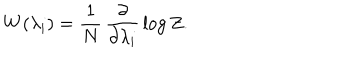
W ( \lambda _ { i } ) = \frac { 1 } { N } \, \frac { \partial } { \partial \lambda _ { i } } \, \log Z .